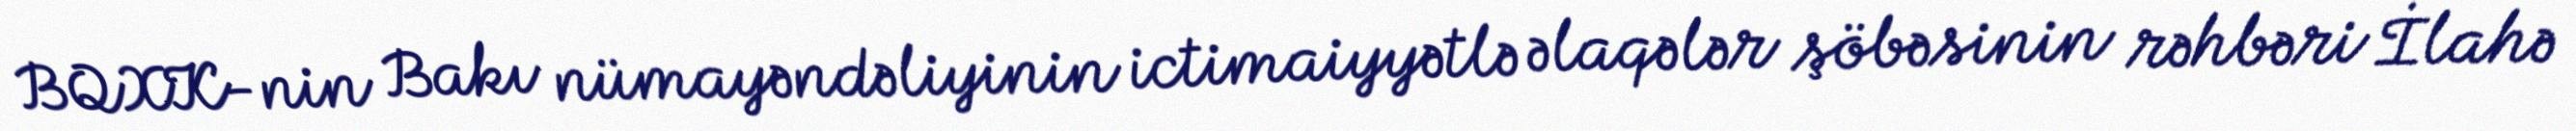
BQXK-nin Bakı nümayəndəliyinin ictimaiyyətlə əlaqələr şöbəsinin rəhbəri İlahə